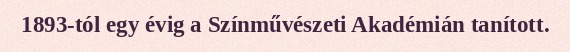
1893-tól egy évig a Színművészeti Akadémián tanított.